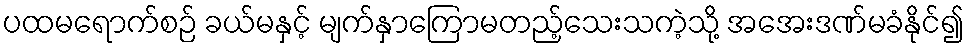
ပထမရောက်စဉ် ခယ်မနှင့် မျက်နှာကြောမတည့်သေးသကဲ့သို့ အအေးဒဏ်မခံနိုင်၍